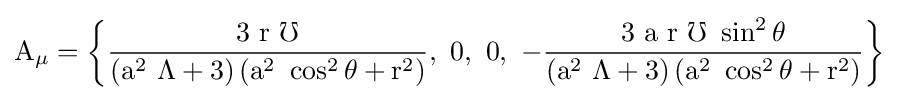
{\rm {A_{\mu }=\left\{{\frac {3\ r\ \mho }{\left(a^{2}\ \Lambda +3\right)\left(a^{2}\ \cos ^{2}\theta +r^{2}\right)}},\ 0,\ 0,\ -{\frac {3\ a\ r\ \mho \ \sin ^{2}\theta }{\left(a^{2}\ \Lambda +3\right)\left(a^{2}\ \cos ^{2}\theta +r^{2}\right)}}\right\}}}